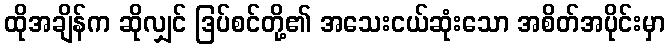
ထိုအချိန်က ဆိုလျှင် ဒြပ်စင်တို့၏ အသေးငယ်ဆုံးသော အစိတ်အပိုင်းမှာ